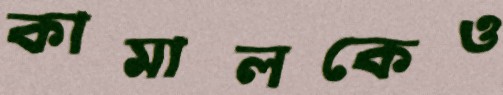
কামালকেও